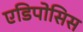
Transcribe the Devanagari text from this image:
एडिपोसिस